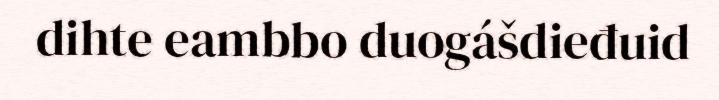
dihte eambbo duogášdieđuid